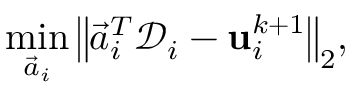
\operatorname* { m i n } _ { \Vec { a } _ { i } } { \left\| \Vec { a } _ { i } ^ { T } \mathcal { D } _ { i } - \mathbf { u } _ { i } ^ { k + 1 } \right\| _ { 2 } } ,